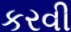
કરવી